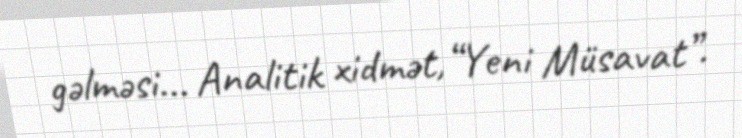
gəlməsi... Analitik xidmət,“Yeni Müsavat”.